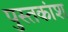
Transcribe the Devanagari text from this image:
पुस्तकांश